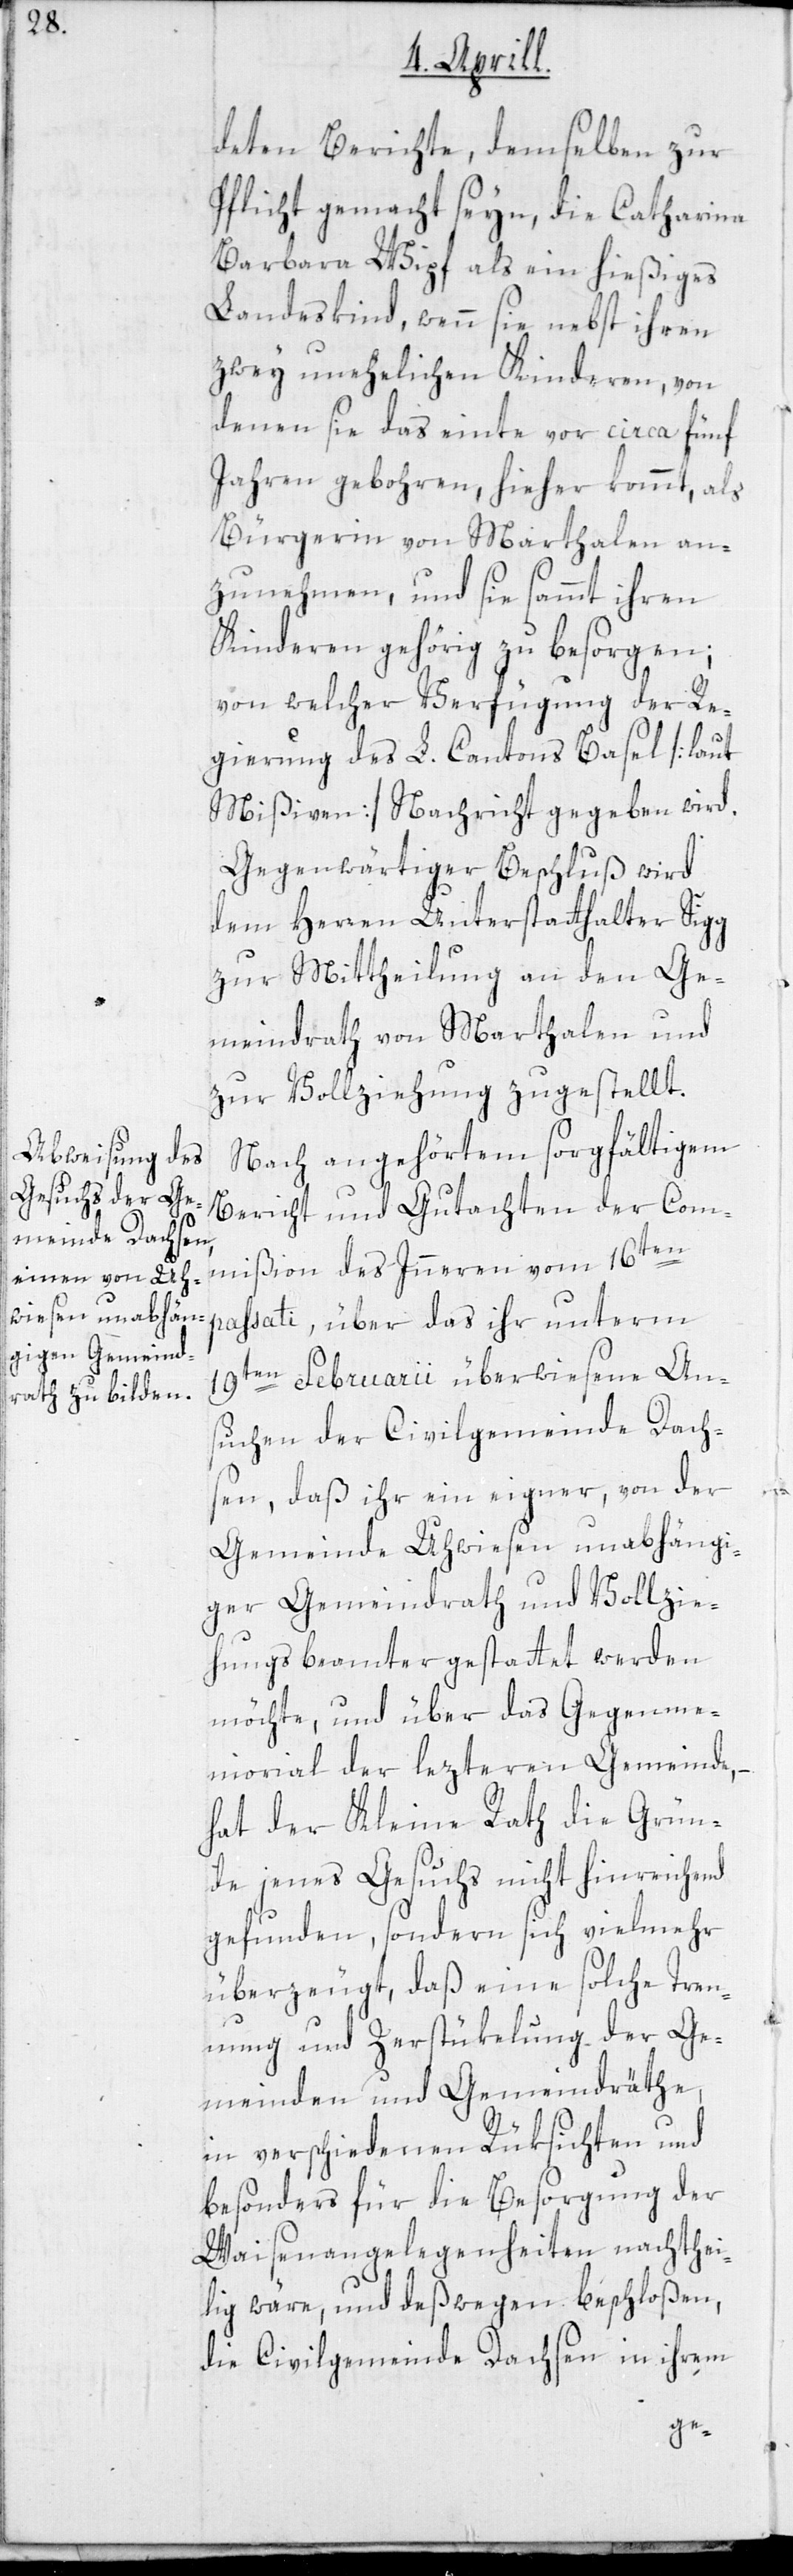
deten Berichte, demselben zur
Pflicht gemacht seyn, die Catharina
Barbara Wipf als ein hießiges
Landeskind, wenn sie nebst ihren
zwey unehelichen Kinderen, von
denen sie das einte vor circa fünf
Jahren gebohren, hieher kommt, als
Bürgerin von Marthalen an¬
zunehmen, und sie sammt ihren
Kinderen gehörig zu besorgen;
von welcher Verfügung der Re¬
gierung des L. Cantons Basel [laut
Mißiven] Nachricht gegeben wird.
Gegenwärtiger Beschluß wird
dem Herren Unterstatthalter Sigg
zur Mittheilung an den Ge¬
meindrath von Marthalen und
zur Vollziehung zugestellt.
Nach angehörtem sorgfältigem
Bericht und Gutachten der Com¬
mißion des Inneren vom 16ten
passati, über das ihr unterm
19ten Februarii überwiesene An¬
suchen der Civilgemeinde Dach¬
sen, daß ihr ein eigner, von der
Gemeinde Uhwiesen unabhängi¬
ger Gemeindrath und Vollzie¬
hungsbeamter gestattet werden
möchte, und über das Gegenme¬
morial der letzteren Gemeinde, –
hat der Kleine Rath die Grün¬
de jenes Gesuchs nicht hinreichend
gefunden, sondern sich vielmehr
überzeugt, daß eine solche Tren¬
nung und Zerstükelung der Ge¬
meinden und Gemeindräthe,
in verschiedenen Rücksichten und
besonders für die Besorgung der
Waisenangelegenheiten nachthei¬
lig wäre, und deßwegen beschloßen,
die Civilgemeinde Dachsen in ihrem